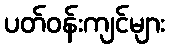
ပတ်ဝန်းကျင်များ